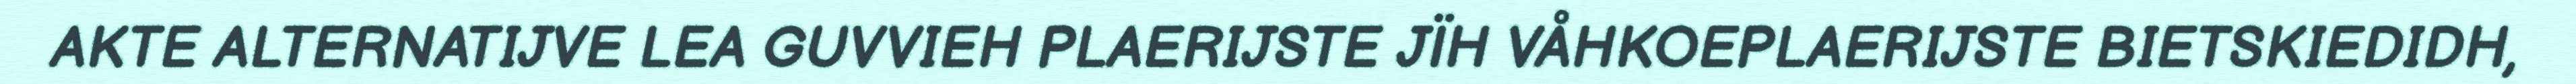
AKTE ALTERNATIJVE LEA GUVVIEH PLAERIJSTE JÏH VÅHKOEPLAERIJSTE BIETSKIEDIDH,